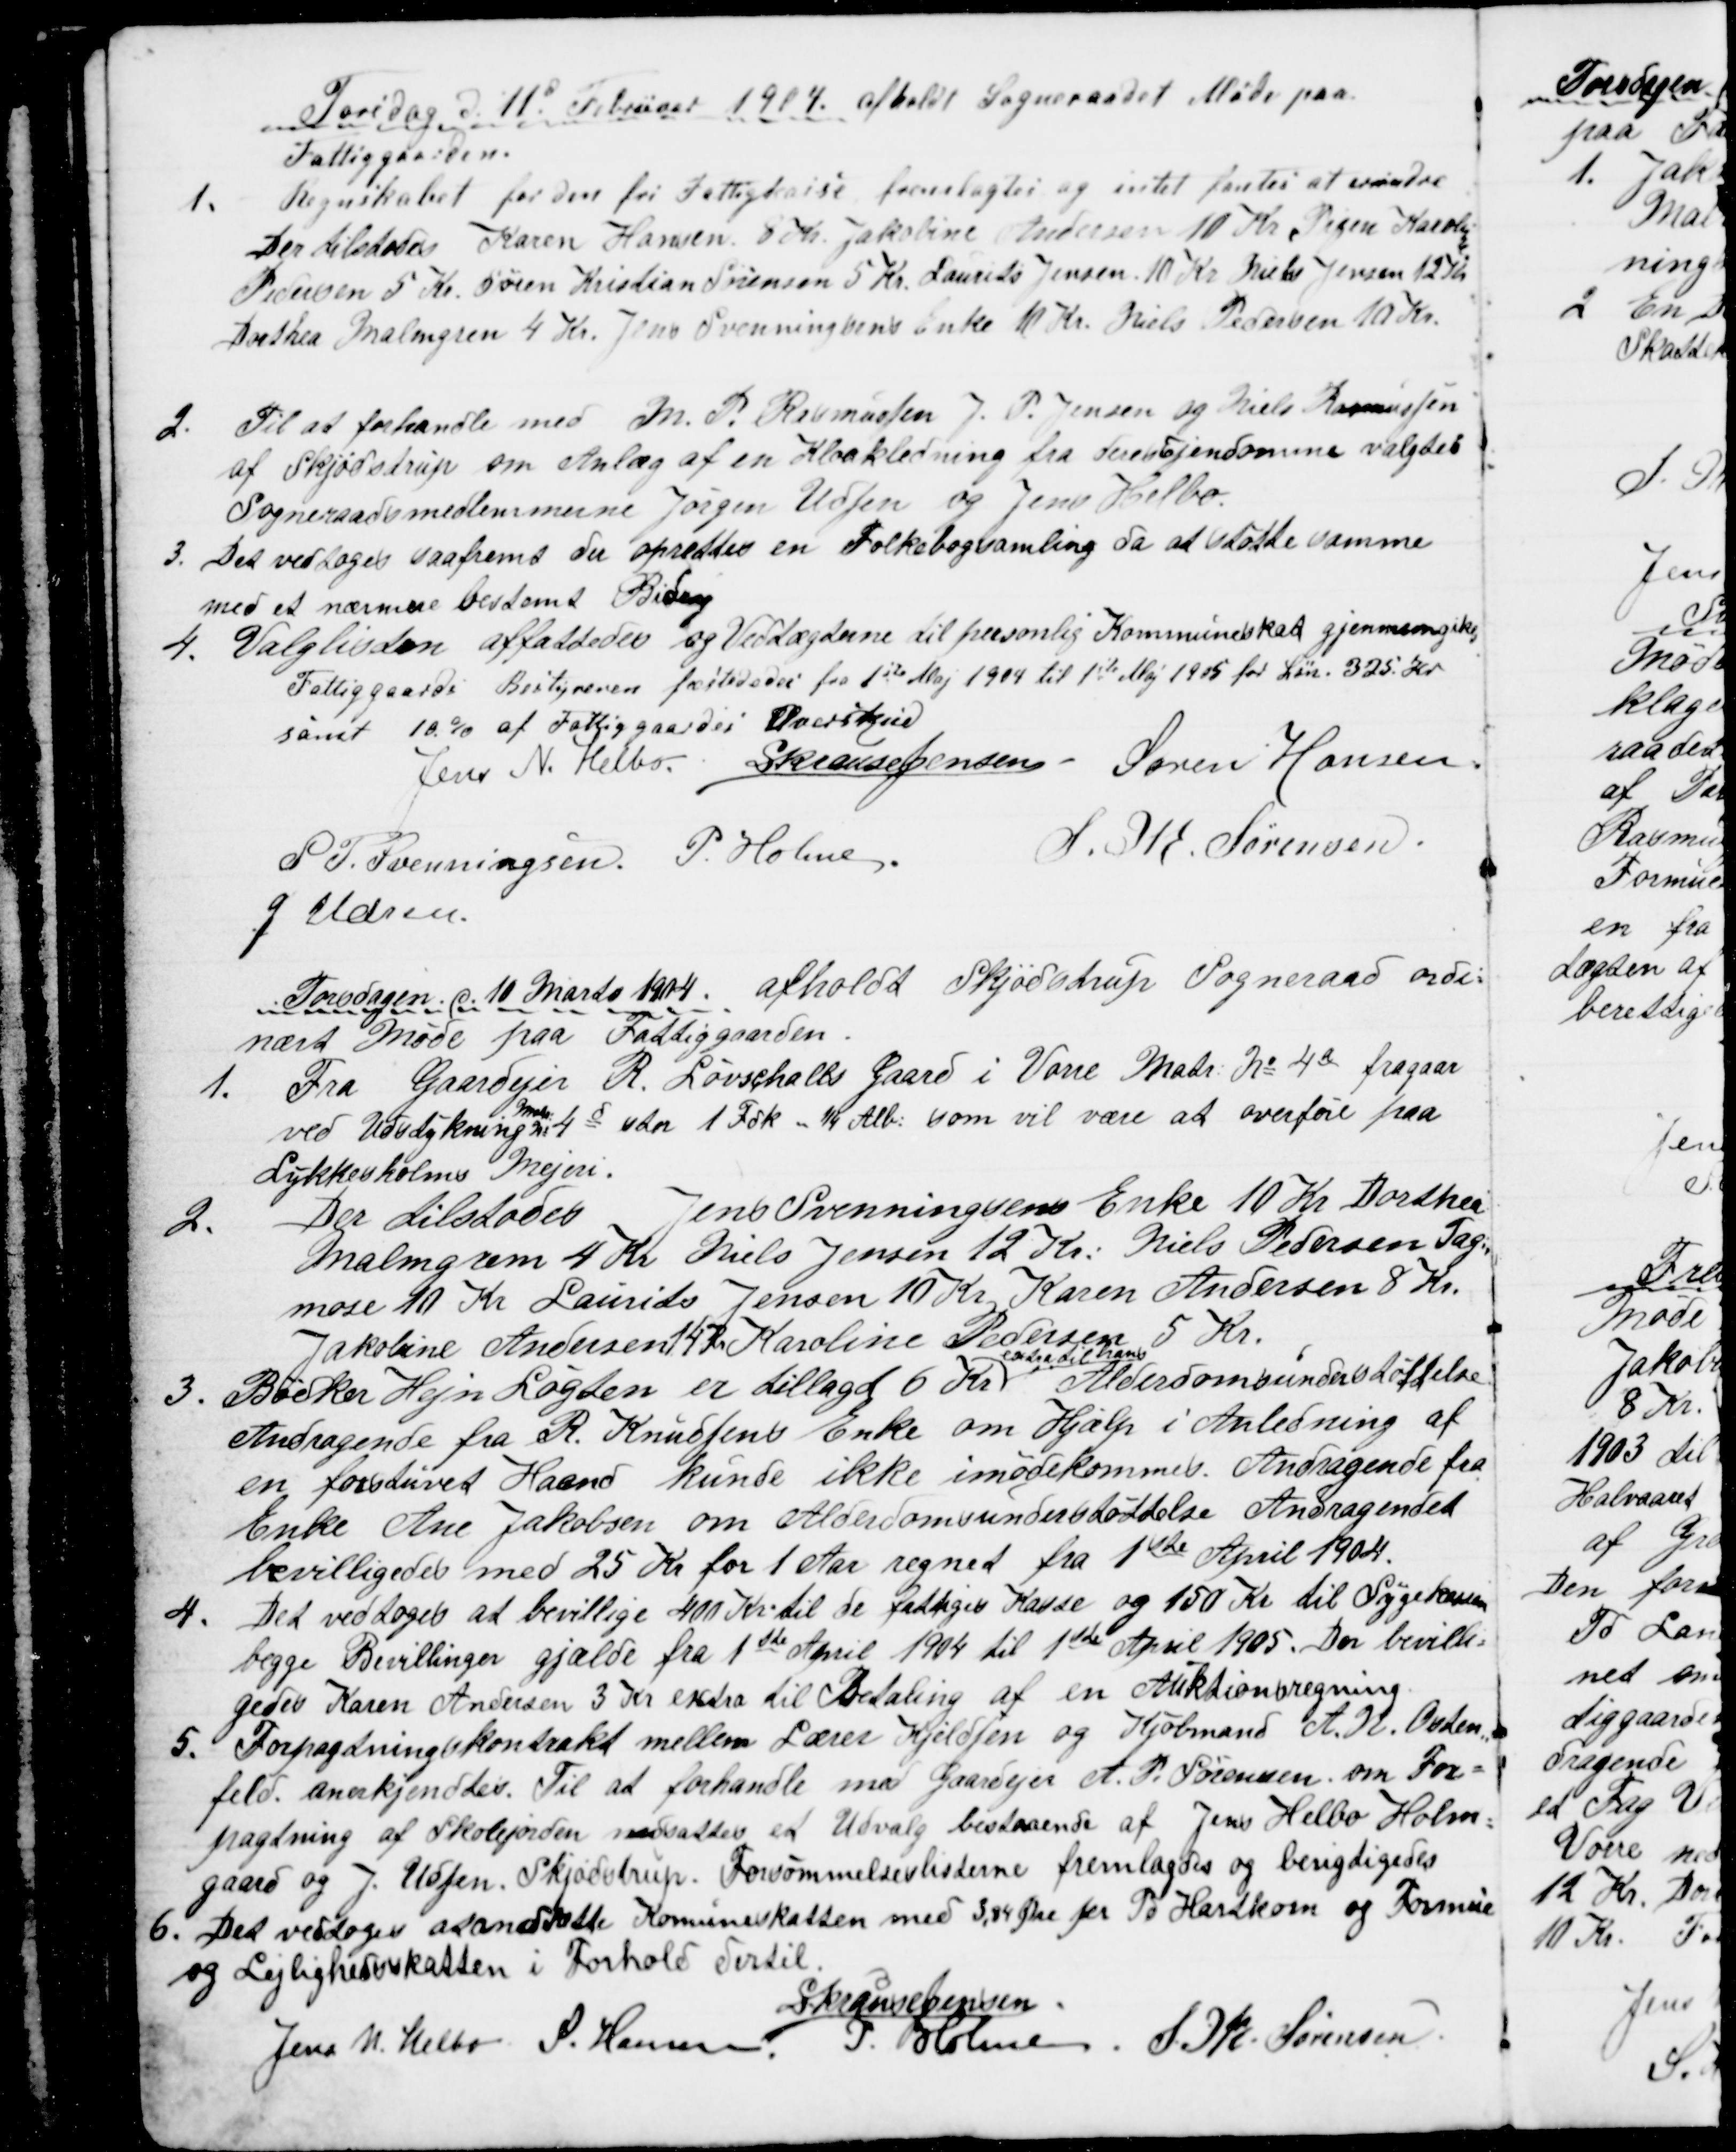
Transskription:
Torsdag d. 11d Februar 1904. afholdt Sogneraadet Møde paa
Fattiggaarden.
1.
Regnskabet for den fri Fattigkasse fremlagtes og intet fantes at erindre
Der tilstodes Karen Hansen 8 Kr. Jakobine Andersen 10 Kr. Pigen Karoline
Pedersen 5 Kr. Søren Kristian Sørensen 5 Kr. Laurits Jensen 10 Kr Niels Jensen 12 Kr
Dorthea Malmgren 4 Kr. Jens Svenningsens Enke 10 Kr. Niels Pedersen 10 Kr.
2. 
Til at forhandle med M. P. Rasmussen J. P. Jensen og Niels Rasmussen
af Skjødstrup om Anlæg af en Kloakledning fra deres Ejendomme valgtes
Sogneraadsmedlemmerne Jørgen Udsen og Jens Helbo.
3. Det vedtoges saafremt der oprettes en Folkebogsamling da at støtte samme
med et nærmere bestemt Bidrag
4. Valglisten affattedes og Vedtægterne til personlig Kommuneskat gjennemgikes
Fattiggaards Bestyreren fæstededes fra 1ste Maj 1904 til 1ste Maj 1905 for Løn. 325. Kr
samt 10 % af Fattiggaardes Overskud
Jens N. Helbo. S Krause Jensen - Søren Hansen
S. P. Svenningsen P. Holme.
S. M. Sørensen
J. Udsen.
Torsdagen d. 10 Marts 1904 afholdt Skjødstrup Sogneraad ordi=
nært Møde paa Fattiggaarden.
1.
Fra Gaardejer R. Løvschalls Gaard i Vorre Matr. № 4a fragaar
ved Udstykning 
Matr:
№ 4d stor 1 Fdk - ¼ Alb. som vil være at overføre paa
Lykkesholms Mejeri.
2.
Der tilstodes Jens Svenningsens Enke 10 Kr. Dorthea
Malmgren 4 Kr Niels Jensen 12 Kr. Niels Pedersen Tag=
mose 10 Kr Laurits Jensen 10 Kr. Karen Andersen 8 Kr.
Jakobine Andersen 14 Kr. Karoline Pedersen 5 Kr.
3. Bødker Hejn Løgten er tillagd 6 Kr
extra til hans
Alderdomsunderstøttelse.
Andragende fra R. Knudsens Enke om Hjælp i Anledning af
en forstuvet Haand kunde ikke imødekommes. Andragende fra
Enke Ane Jakobsen om Alderdomsunderstøttelse Andragendet
bevilligedes med 25 Kr for 1 Aar regnet fra 1ste April 1904.
4. Det vedtoges at bevillige 400 Kr. til de fattiges Kasse og 150 Kr til Sygekassen
begge Bevillinger gjælde fra 1ste April 1904 til 1ste April 1905. Der bevilli=
gedes Karen Andersen 3 Kr extra til Betaling af en Auktionsregning.
5. Forpagtningskontrakt mellem Lærer Kjeldsen og Kjøbmand A. N. Osten
=
feld. anerkjendtes. Til at forhandle med Gaardejer A. P. Sørensen om For=
pagtning af Skolejorden nedsattes et Udvalg bestaaende af Jens Helbo Holm=
gaard og J. Udsen. Skjødstrup. Forsømmelseslisterne fremlagdes og berigtigedes
6. Det vedtoges at andsætte Komuneskatten med 3,84 Øre pr. Pd Hartkorn og Formue
og Lejlighedsskatten i Forhold dertil.
S Krause Jensen
Jens N. Helbo S. Hansen.
P. Holme
S. M. Sørensen